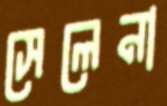
সেলেনা